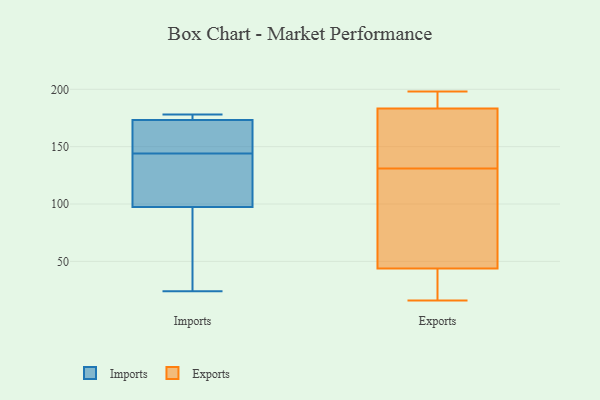
{"axis": {"x": "Shipments", "y": "Value"}, "legend": ["Exports", "Imports"], "data": [{"x": "", "y": 103, "type": "Imports"}, {"x": "", "y": 178, "type": "Imports"}, {"x": "", "y": 114, "type": "Imports"}, {"x": "", "y": 172, "type": "Imports"}, {"x": "", "y": 144, "type": "Imports"}, {"x": "", "y": 81, "type": "Imports"}, {"x": "", "y": 178, "type": "Imports"}, {"x": "", "y": 44, "type": "Imports"}, {"x": "", "y": 153, "type": "Imports"}, {"x": "", "y": 24, "type": "Imports"}, {"x": "", "y": 177, "type": "Imports"}, {"x": "", "y": 163, "type": "Imports"}, {"x": "", "y": 120, "type": "Imports"}, {"x": "", "y": 198, "type": "Exports"}, {"x": "", "y": 198, "type": "Exports"}, {"x": "", "y": 16, "type": "Exports"}, {"x": "", "y": 196, "type": "Exports"}, {"x": "", "y": 30, "type": "Exports"}, {"x": "", "y": 163, "type": "Exports"}, {"x": "", "y": 60, "type": "Exports"}, {"x": "", "y": 28, "type": "Exports"}, {"x": "", "y": 41, "type": "Exports"}, {"x": "", "y": 191, "type": "Exports"}, {"x": "", "y": 112, "type": "Exports"}, {"x": "", "y": 57, "type": "Exports"}, {"x": "", "y": 181, "type": "Exports"}, {"x": "", "y": 38, "type": "Exports"}, {"x": "", "y": 176, "type": "Exports"}, {"x": "", "y": 131, "type": "Exports"}, {"x": "", "y": 52, "type": "Exports"}, {"x": "", "y": 184, "type": "Exports"}, {"x": "", "y": 164, "type": "Exports"}]}